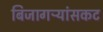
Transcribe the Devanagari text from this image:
बिजागऱ्यांसकट